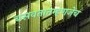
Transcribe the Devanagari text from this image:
बसवतातम्हणजेच